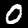
Digit: 0